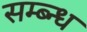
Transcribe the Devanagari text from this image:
सम्ब्न्ध